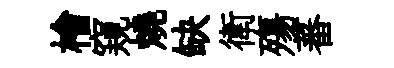
檜窺燒缺衛殤蕃